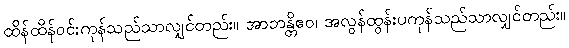
ထိန်ထိန်ဝင်းကုန်သည်သာလျှင်တည်း။ အာဘန္တိဧဝ၊ အလွန်ထွန်းပကုန်သည်သာလျှင်တည်း။